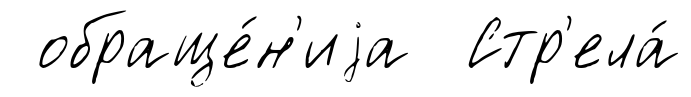
обраще́н'иjа Стр'ела́